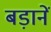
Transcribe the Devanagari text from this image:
बड़ानें